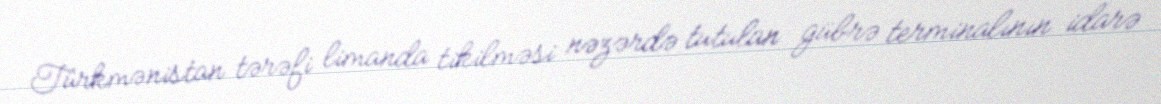
Türkmənistan tərəfi limanda tikilməsi nəzərdə tutulan gübrə terminalının idarə